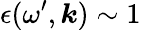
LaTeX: \epsilon(\omega^{\prime},\boldsymbol{k})\sim 1